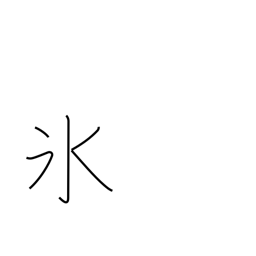
Meaning: freeze